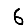
Digit: 6